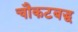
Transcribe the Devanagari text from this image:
चौकटबद्ध